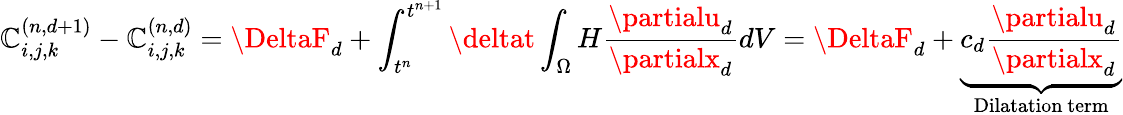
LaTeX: \mathbb{C}_{i,j,k}^{(n,d+1)}-\mathbb{C}_{i,j,k}^{(n,d)}=\DeltaF_{d}+\int_{t^{n}}^{t^{n+1}}\deltat\int_{\Omega}H\frac{{\partialu_{d}}}{{\partialx_{d}}}dV=\DeltaF_{d}+\underbrace{{c_{d}\frac{{\partialu_{d}}}{{\partialx_{d}}}}}_{\mathrm{{Dilatation~term}}}